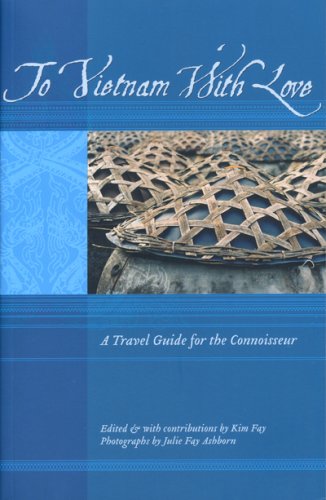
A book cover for To Vietnam With Love: A Travel Guide for the Connoisseur (To Asia with Love); Travel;